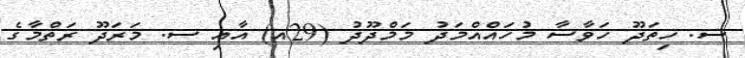
ސ. ހިތަދޫ ހަވާސާ މުހައްއްމަދު މަމްދޫދު (29އ) އާއި ސ. މަރަދޫ ރަތްމާގެ